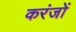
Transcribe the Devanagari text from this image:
करंजों